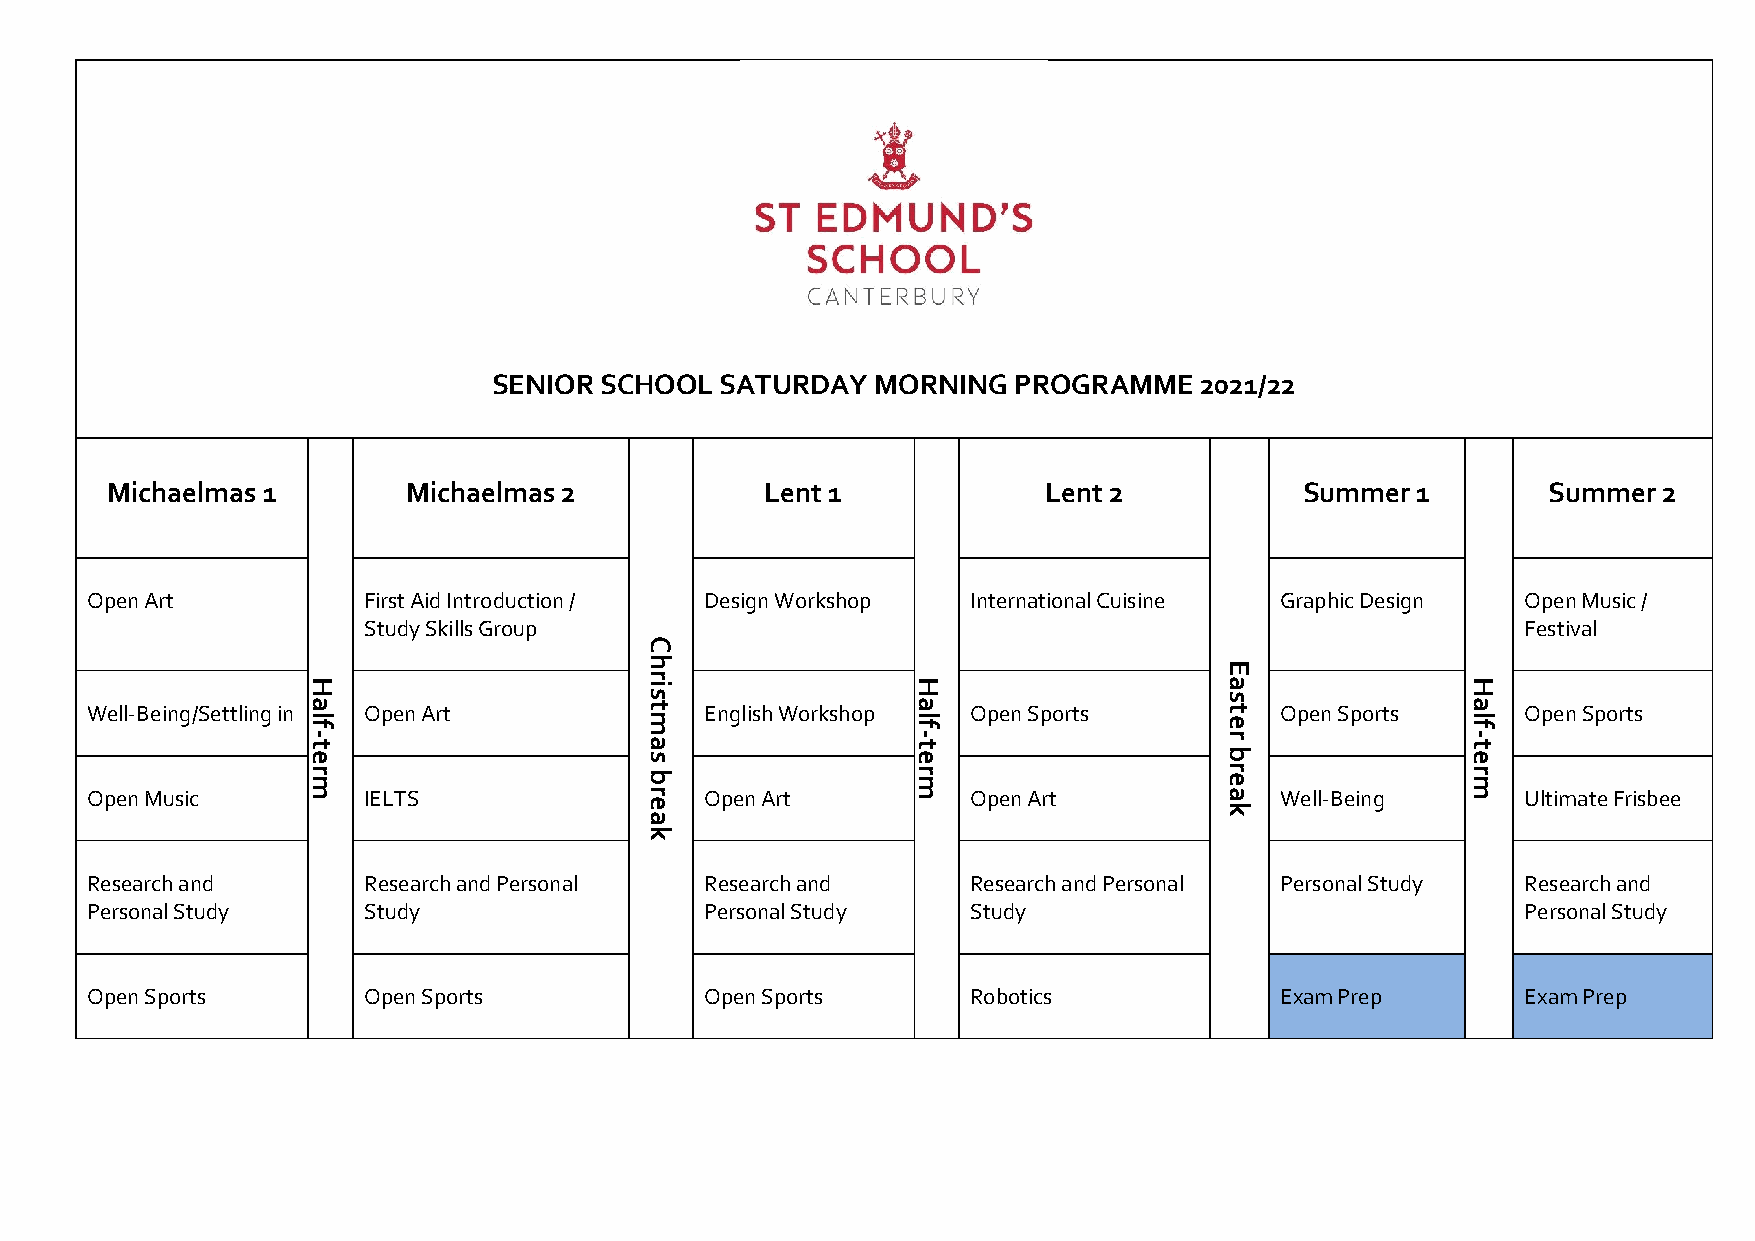
SENIOR SCHOOL  SATURDAY  MORNING  PROGRAMME   2021/22
 Michaelmas 1        Michaelmas 2            Lent 1            Lent 2           Summer  1       Summer  2
 Open Art          First Aid Introduction / Design Workshop International Cuisine Graphic Design Open Music /
 Study Skills Group                                                           Festival
 C
 h                                     E
 H                     r i               H                   a               H
 s                                     s
 Well-Being/Settling in a Open Art    t   English Workshop a Open Sports    t   Open Sports a   Open Sports
 l f                   m                 l f                 e               l f
 - t
 e
 a
 s
 - t
 e
 r
 b
 - t
 e
 r m                   b                 r m                 r e             r m
 Open Music        IELTS              r   Open Art         Open Art         a   Well-Being      Ultimate Frisbee
 e
 k
 a
 k
 Research and      Research and Personal  Research and     Research and Personal Personal Study Research and
 Personal Study    Study                  Personal Study   Study                                Personal Study
 Open Sports       Open Sports            Open Sports      Robotics             Exam Prep       Exam Prep